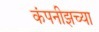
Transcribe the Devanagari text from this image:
कंपनीझच्या